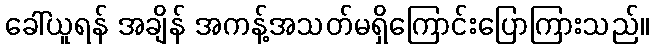
ခေါ်ယူရန် အချိန် အကန့်အသတ်မရှိကြောင်းပြောကြားသည်။